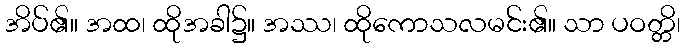
အိပ်၏။ အထ၊ ထိုအခါ၌။ အဿ၊ ထိုကောသလမင်း၏။ သာ ပဝတ္တိ၊